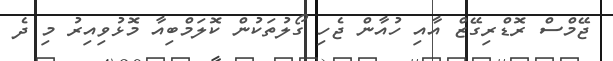
ޖޭމްސް ރޮޑްރިގޭޒް އާއި ހުއާން ޖެހި ގޯލުތަކުން ކޮލަމްބިއާ މޮޅުވިއިރު މި ދެ